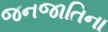
જનજાતિના